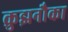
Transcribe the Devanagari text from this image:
क्रुझनौका